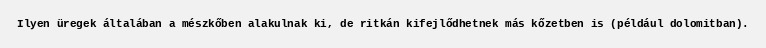
Ilyen üregek általában a mészkőben alakulnak ki, de ritkán kifejlődhetnek más kőzetben is (például dolomitban).